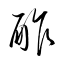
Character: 酢